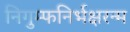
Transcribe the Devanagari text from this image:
निगुम्फनिर्भक्षरन्म